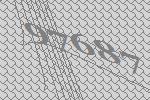
97687